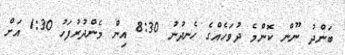
ބަންދު ނޫން ކޮންމެ ދުވަހެއްގެ ހެނދުނު 8:30 އިން މެންދުރުފަހު 1:30 އަށް